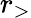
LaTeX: r_{>}